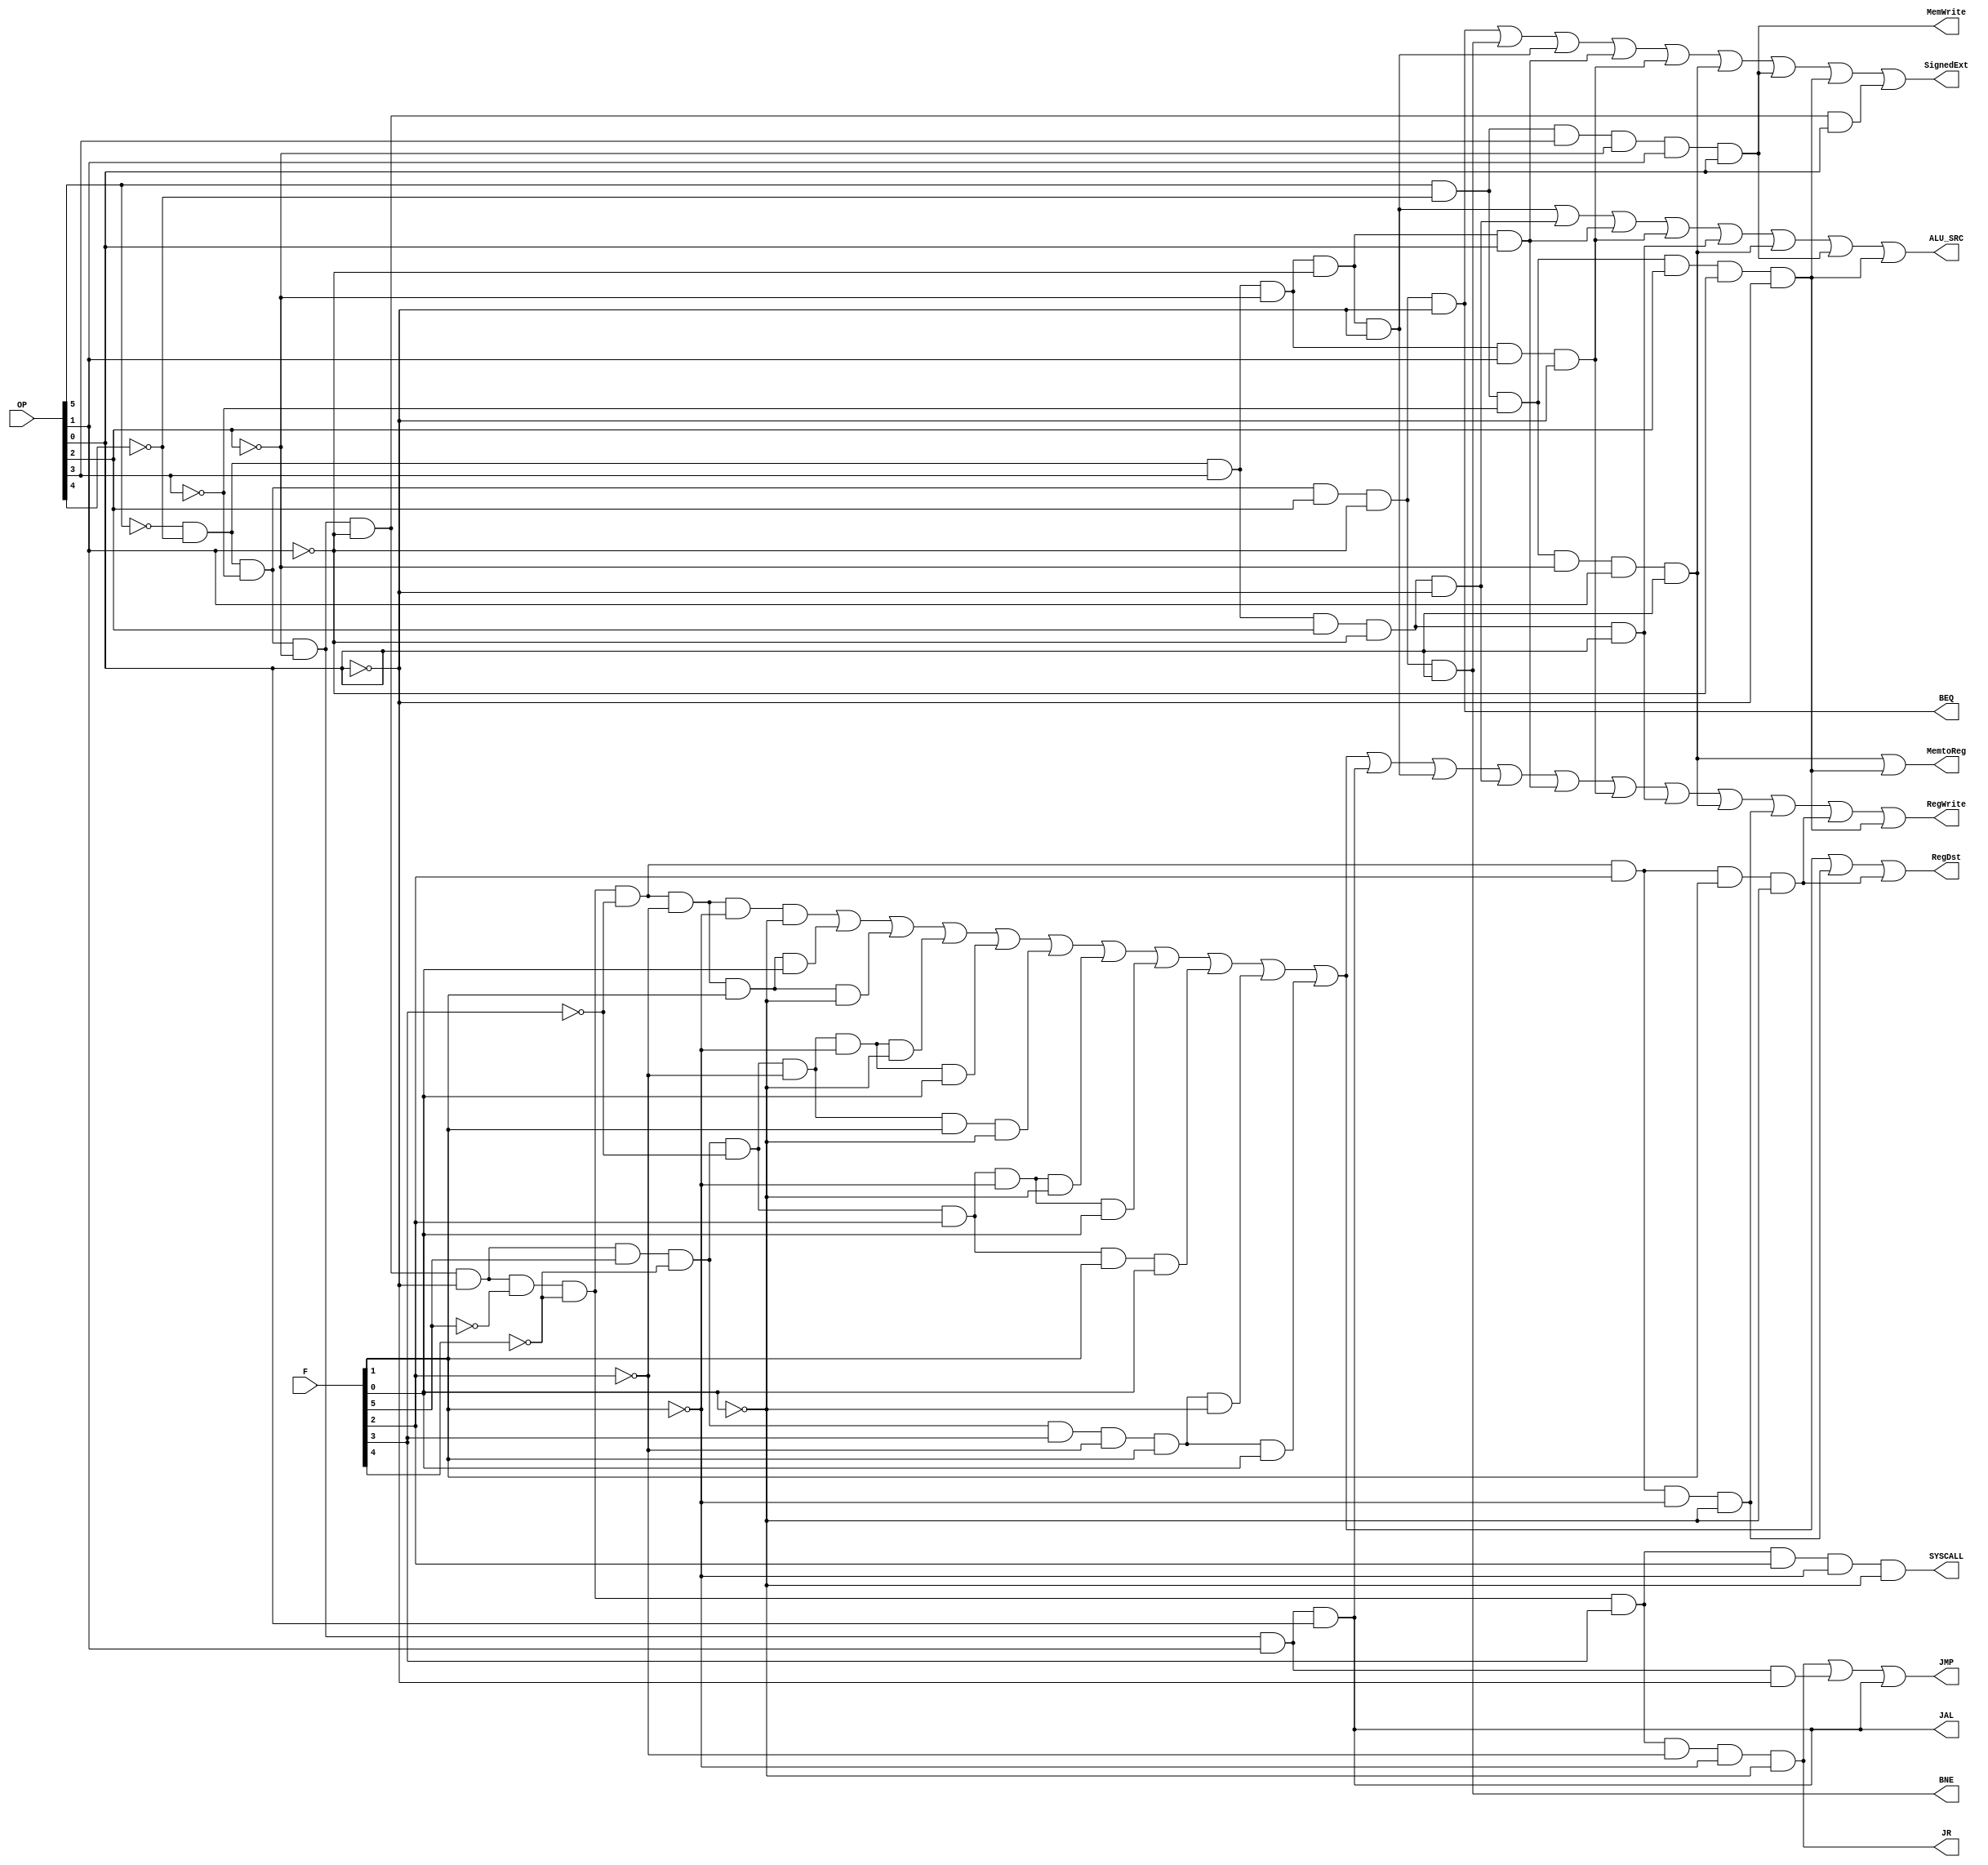
`timescale 1ns / 1ps
//////////////////////////////////////////////////////////////////////////////////
// Company: 
// Engineer: 
// 
// Design Name: 
// Module Name: Signal_Controller
// Project Name: 
// Target Devices: 
// Tool Versions: 
// Description: 
// 
// Dependencies: 
// 
// Revision:
// Revision 0.01 - File Created
// Additional Comments:
// 
//////////////////////////////////////////////////////////////////////////////////


module Signal_Controller(OP, F, MemtoReg, MemWrite, ALU_SRC, RegWrite, SYSCALL, SignedExt, RegDst, BEQ, BNE, JR, JMP, JAL);
    input[5:0] OP, F;
    output MemtoReg, MemWrite, ALU_SRC, RegWrite, SYSCALL, SignedExt, RegDst, BEQ, BNE, JR, JMP, JAL;
    assign MemtoReg=(OP[5]&~OP[4]&~OP[3]&~OP[2]&OP[1]&OP[0])|
        (&OP[5]&~OP[4]&~OP[3]&OP[2]&~OP[1]&~OP[0]);
    assign MemWrite=(OP[5]&~OP[4]&OP[3]&~OP[2]&OP[1]&OP[0]);
    assign ALU_SRC=(~OP[5]&~OP[4]&OP[3]&~OP[2]&~OP[1]&~OP[0])|
        (~OP[5]&~OP[4]&OP[3]&OP[2]&~OP[1]&~OP[0])|
        (~OP[5]&~OP[4]&OP[3]&~OP[2]&~OP[1]&OP[0])|
        (~OP[5]&~OP[4]&OP[3]&~OP[2]&OP[1]&~OP[0])|
        (~OP[5]&~OP[4]&OP[3]&OP[2]&~OP[1]&OP[0])|
        (OP[5]&~OP[4]&~OP[3]&~OP[2]&OP[1]&OP[0])|
        (OP[5]&~OP[4]&OP[3]&~OP[2]&OP[1]&OP[0])|
        (OP[5]&~OP[4]&~OP[3]&OP[2]&~OP[1]&~OP[0]);
    assign RegWrite=(~OP[5]&~OP[4]&~OP[3]&~OP[2]&~OP[1]&~OP[0]&~F[5]&~F[4]&~F[3]&~F[2]&~F[1]&~F[0])|
        (~OP[5]&~OP[4]&~OP[3]&~OP[2]&~OP[1]&~OP[0]&~F[5]&~F[4]&~F[3]&~F[2]&F[1]&F[0])|
        (~OP[5]&~OP[4]&~OP[3]&~OP[2]&~OP[1]&~OP[0]&~F[5]&~F[4]&~F[3]&~F[2]&F[1]&~F[0])|
        (~OP[5]&~OP[4]&~OP[3]&~OP[2]&~OP[1]&~OP[0]&F[5]&~F[4]&~F[3]&~F[2]&~F[1]&~F[0])|
        (~OP[5]&~OP[4]&~OP[3]&~OP[2]&~OP[1]&~OP[0]&F[5]&~F[4]&~F[3]&~F[2]&~F[1]&F[0])|
        (~OP[5]&~OP[4]&~OP[3]&~OP[2]&~OP[1]&~OP[0]&F[5]&~F[4]&~F[3]&~F[2]&F[1]&~F[0])|
        (~OP[5]&~OP[4]&~OP[3]&~OP[2]&~OP[1]&~OP[0]&F[5]&~F[4]&~F[3]&F[2]&~F[1]&~F[0])|
        (~OP[5]&~OP[4]&~OP[3]&~OP[2]&~OP[1]&~OP[0]&F[5]&~F[4]&~F[3]&F[2]&~F[1]&F[0])|
        (~OP[5]&~OP[4]&~OP[3]&~OP[2]&~OP[1]&~OP[0]&F[5]&~F[4]&~F[3]&F[2]&F[1]&F[0])|
        (~OP[5]&~OP[4]&~OP[3]&~OP[2]&~OP[1]&~OP[0]&F[5]&~F[4]&F[3]&~F[2]&F[1]&~F[0])|
        (~OP[5]&~OP[4]&~OP[3]&~OP[2]&~OP[1]&~OP[0]&F[5]&~F[4]&F[3]&~F[2]&F[1]&F[0])|
        (~OP[5]&~OP[4]&~OP[3]&~OP[2]&OP[1]&OP[0])|
        (~OP[5]&~OP[4]&OP[3]&~OP[2]&~OP[1]&~OP[0])|
        (~OP[5]&~OP[4]&OP[3]&OP[2]&~OP[1]&~OP[0])|
        (~OP[5]&~OP[4]&OP[3]&~OP[2]&~OP[1]&OP[0])|
        (~OP[5]&~OP[4]&OP[3]&~OP[2]&OP[1]&~OP[0])|
        (~OP[5]&~OP[4]&OP[3]&OP[2]&~OP[1]&OP[0])|
        (OP[5]&~OP[4]&~OP[3]&~OP[2]&OP[1]&OP[0])|
        (~OP[5]&~OP[4]&~OP[3]&~OP[2]&~OP[1]&~OP[0]&~F[5]&~F[4]&~F[3]&F[2]&~F[1]&~F[0])|
        (~OP[5]&~OP[4]&~OP[3]&~OP[2]&~OP[1]&~OP[0]&~F[5]&~F[4]&~F[3]&F[2]&F[1]&~F[0])|
        (OP[5]&~OP[4]&~OP[3]&OP[2]&~OP[1]&~OP[0]);
    assign SYSCALL=(~OP[5]&~OP[4]&~OP[3]&~OP[2]&~OP[1]&~OP[0]&~F[5]&~F[4]&F[3]&F[2]&~F[1]&~F[0]);
    assign SignedExt=(~OP[5]&~OP[4]&~OP[3]&OP[2]&~OP[1]&~OP[0])|
        (~OP[5]&~OP[4]&~OP[3]&OP[2]&~OP[1]&OP[0])|
        (~OP[5]&~OP[4]&OP[3]&~OP[2]&~OP[1]&~OP[0])|
        (~OP[5]&~OP[4]&OP[3]&~OP[2]&~OP[1]&OP[0])|
        (~OP[5]&~OP[4]&OP[3]&~OP[2]&OP[1]&~OP[0])|
        (OP[5]&~OP[4]&~OP[3]&~OP[2]&OP[1]&OP[0])|
        (OP[5]&~OP[4]&OP[3]&~OP[2]&OP[1]&OP[0])|
        (OP[5]&~OP[4]&~OP[3]&OP[2]&~OP[1]&~OP[0])|
        (~OP[5]&~OP[4]&~OP[3]&~OP[2]&~OP[1]&OP[0]);
    assign RegDst=(~OP[5]&~OP[4]&~OP[3]&~OP[2]&~OP[1]&~OP[0]&~F[5]&~F[4]&~F[3]&~F[2]&~F[1]&~F[0])|
        (~OP[5]&~OP[4]&~OP[3]&~OP[2]&~OP[1]&~OP[0]&~F[5]&~F[4]&~F[3]&~F[2]&F[1]&F[0])|
        (~OP[5]&~OP[4]&~OP[3]&~OP[2]&~OP[1]&~OP[0]&~F[5]&~F[4]&~F[3]&~F[2]&F[1]&~F[0])|
        (~OP[5]&~OP[4]&~OP[3]&~OP[2]&~OP[1]&~OP[0]&F[5]&~F[4]&~F[3]&~F[2]&~F[1]&~F[0])|
        (~OP[5]&~OP[4]&~OP[3]&~OP[2]&~OP[1]&~OP[0]&F[5]&~F[4]&~F[3]&~F[2]&~F[1]&F[0])|
        (~OP[5]&~OP[4]&~OP[3]&~OP[2]&~OP[1]&~OP[0]&F[5]&~F[4]&~F[3]&~F[2]&F[1]&~F[0])|
        (~OP[5]&~OP[4]&~OP[3]&~OP[2]&~OP[1]&~OP[0]&F[5]&~F[4]&~F[3]&F[2]&~F[1]&~F[0])|
        (~OP[5]&~OP[4]&~OP[3]&~OP[2]&~OP[1]&~OP[0]&F[5]&~F[4]&~F[3]&F[2]&~F[1]&F[0])|
        (~OP[5]&~OP[4]&~OP[3]&~OP[2]&~OP[1]&~OP[0]&F[5]&~F[4]&~F[3]&F[2]&F[1]&F[0])|
        (~OP[5]&~OP[4]&~OP[3]&~OP[2]&~OP[1]&~OP[0]&F[5]&~F[4]&F[3]&~F[2]&F[1]&~F[0])|
        (~OP[5]&~OP[4]&~OP[3]&~OP[2]&~OP[1]&~OP[0]&F[5]&~F[4]&F[3]&~F[2]&F[1]&F[0])|
        (~OP[5]&~OP[4]&~OP[3]&~OP[2]&~OP[1]&~OP[0]&~F[5]&~F[4]&~F[3]&F[2]&~F[1]&~F[0])|
        (~OP[5]&~OP[4]&~OP[3]&~OP[2]&~OP[1]&~OP[0]&~F[5]&~F[4]&~F[3]&F[2]&F[1]&~F[0]);
    assign BEQ=(~OP[5]&~OP[4]&~OP[3]&OP[2]&~OP[1]&~OP[0]);
    assign BNE=(~OP[5]&~OP[4]&~OP[3]&OP[2]&~OP[1]&OP[0]);
    assign JR=(~OP[5]&~OP[4]&~OP[3]&~OP[2]&~OP[1]&~OP[0]&~F[5]&~F[4]&F[3]&~F[2]&~F[1]&~F[0]);
    assign JMP=(~OP[5]&~OP[4]&~OP[3]&~OP[2]&~OP[1]&~OP[0]&~F[5]&~F[4]&F[3]&~F[2]&~F[1]&~F[0])|
        (~OP[5]&~OP[4]&~OP[3]&~OP[2]&OP[1]&~OP[0])|
        (~OP[5]&~OP[4]&~OP[3]&~OP[2]&OP[1]&OP[0]);
    assign JAL=(~OP[5]&~OP[4]&~OP[3]&~OP[2]&OP[1]&OP[0]);

endmodule